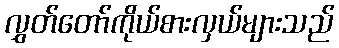
လွှတ်တော်ကိုယ်စားလှယ်များသည်